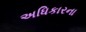
અધિકારના